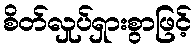
စိတ်လှုပ်ရှားစွာဖြင့်